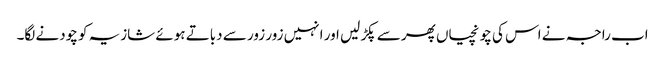
اب راجہ نے اس کی چونچیاں پھر سے پکڑ لیں اور انہیں زور زور سے دباتے ہوئے شازیہ کو چودنے لگا۔